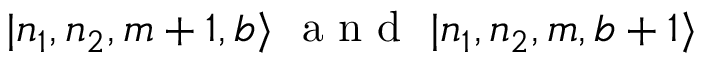
| n _ { 1 } , n _ { 2 } , m + 1 , b \rangle ~ \textrm { a n d } ~ | n _ { 1 } , n _ { 2 } , m , b + 1 \rangle